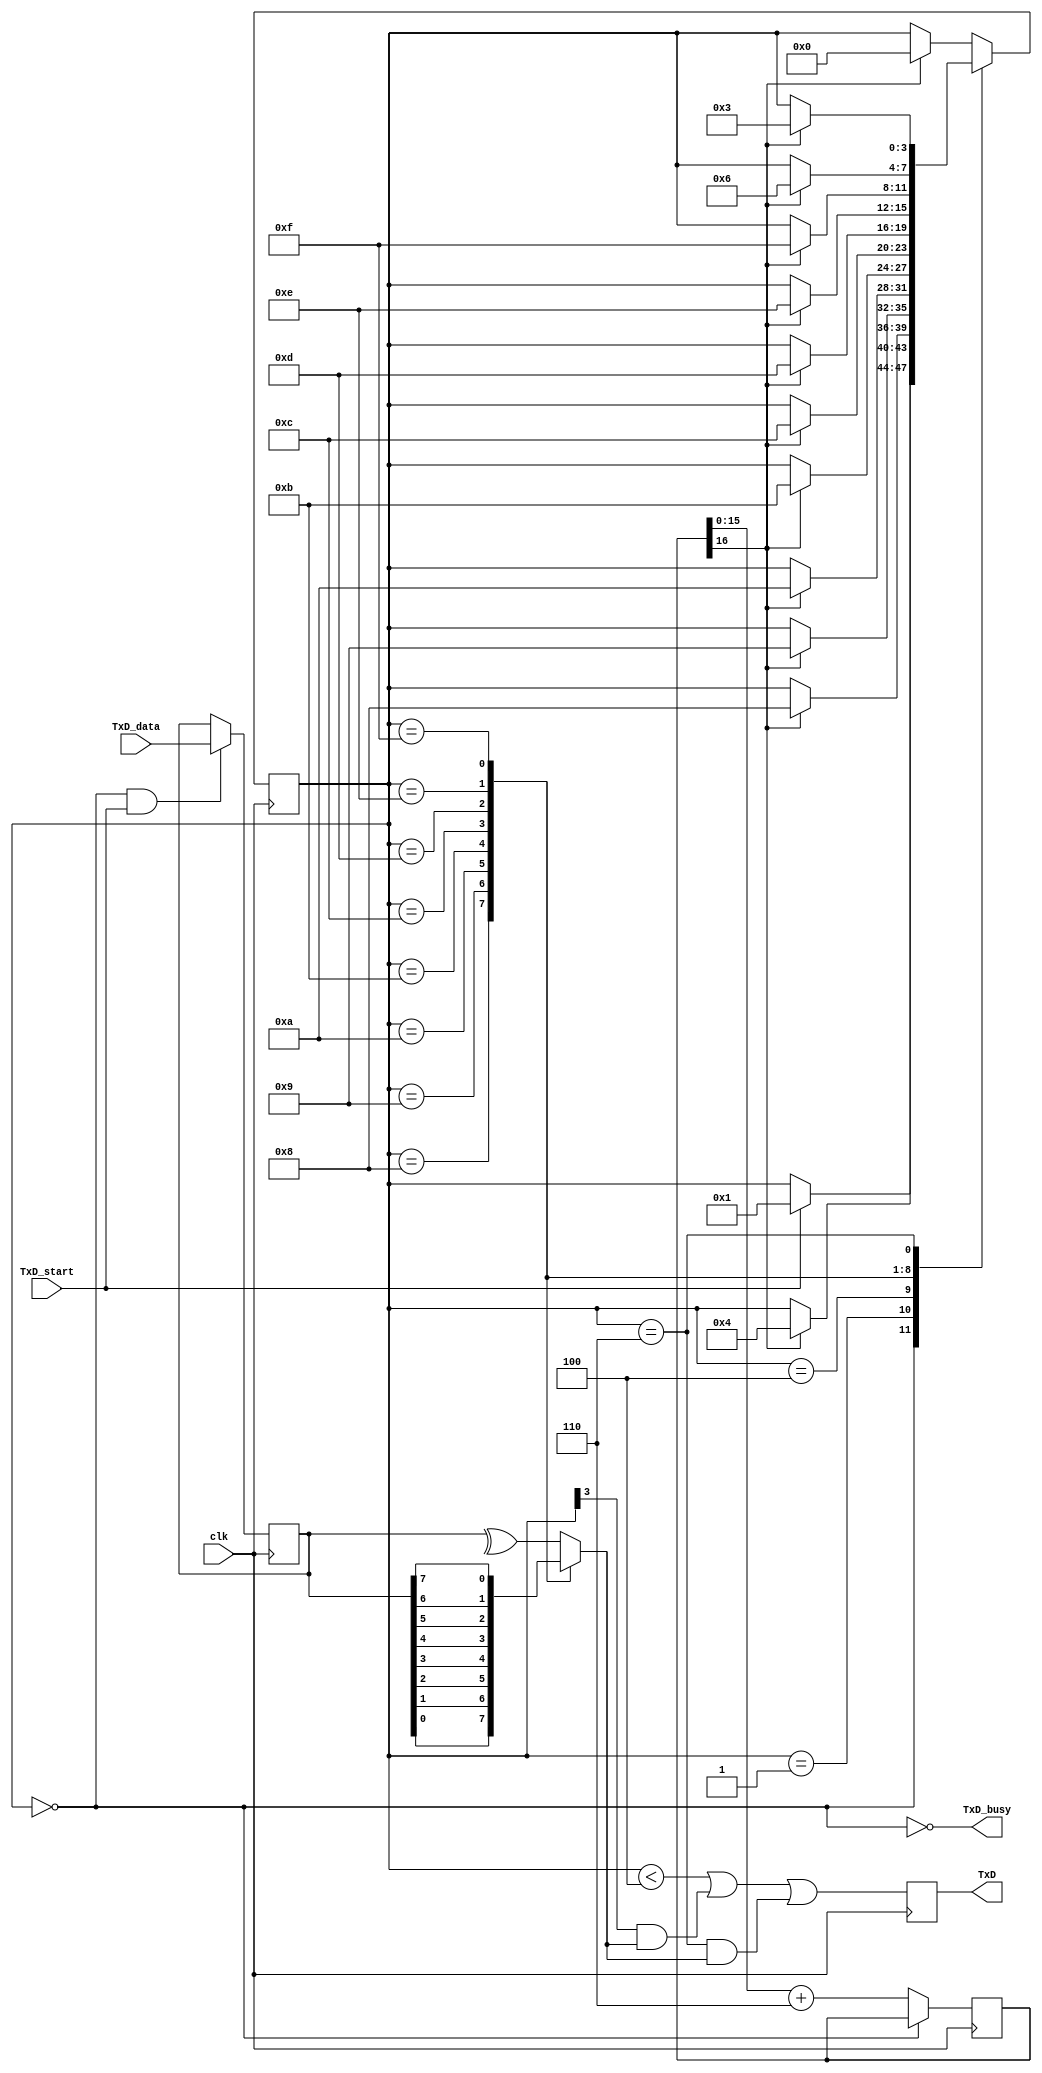
// RS-232 TX module
// (c) fpga4fun.com KNJN LLC - 2003, 2004, 2005, 2006

//`define DEBUG   // in DEBUG mode, we output one bit per clock cycle (useful for faster simulations)

module async_transmitter(clk, TxD_start, TxD_data, TxD, TxD_busy);
input clk, TxD_start;
input [7:0] TxD_data;
output TxD, TxD_busy;

parameter ClkFrequency = 50000000;	// 50MHz
parameter Baud = 4800;
parameter RegisterInputData = 1;	// in RegisterInputData mode, the input doesn't have to stay valid while the character is been transmitted

// Baud generator
parameter BaudGeneratorAccWidth = 16;
reg [BaudGeneratorAccWidth:0] BaudGeneratorAcc;
`ifdef DEBUG
wire [BaudGeneratorAccWidth:0] BaudGeneratorInc = 17'h10000;
`else
wire [BaudGeneratorAccWidth:0] BaudGeneratorInc = ((Baud<<(BaudGeneratorAccWidth-5))+(ClkFrequency>>6))/(ClkFrequency>>5);
`endif

wire BaudTick = BaudGeneratorAcc[BaudGeneratorAccWidth];
wire TxD_busy;
always @(posedge clk) if(TxD_busy) BaudGeneratorAcc <= BaudGeneratorAcc[BaudGeneratorAccWidth-1:0] + BaudGeneratorInc;

// Transmitter state machine
reg [3:0] state;
wire TxD_ready = (state==0);
assign TxD_busy = ~TxD_ready;

reg [7:0] TxD_dataReg;

always @(posedge clk) if(TxD_ready & TxD_start) TxD_dataReg <= TxD_data; 
wire [7:0] TxD_dataD = RegisterInputData ? TxD_dataReg : TxD_data;
wire parityodd = ^TxD_dataReg;//

always @(posedge clk)
case(state)
	4'b0000: if(TxD_start) state <= 4'b0001;
	4'b0001: if(BaudTick)  state <= 4'b0100;
	4'b0100: if(BaudTick)  state <= 4'b1000;  // start
	4'b1000: if(BaudTick)  state <= 4'b1001;  // bit 0
	4'b1001: if(BaudTick)  state <= 4'b1010;  // bit 1
	4'b1010: if(BaudTick)  state <= 4'b1011;  // bit 2
	4'b1011: if(BaudTick)  state <= 4'b1100;  // bit 3
	4'b1100: if(BaudTick)  state <= 4'b1101;  // bit 4
	4'b1101: if(BaudTick)  state <= 4'b1110;  // bit 5
	4'b1110: if(BaudTick)  state <= 4'b1111;  // bit 6
	4'b1111: if(BaudTick)  state <= 4'b0110;  // bit 7
	4'b0110: if(BaudTick)  state <= 4'b0011;  // parity odd
	4'b0011: if(BaudTick)  state <= 4'b0000;  // stop1
	default: if(BaudTick)  state <= 4'b0000;
endcase

// Output mux
reg muxbit;
always @( * )
case(state[3:0])
	4'b1000: muxbit <= TxD_dataD[0];   // bit 0
	4'b1001: muxbit <= TxD_dataD[1];   // bit 1
	4'b1010: muxbit <= TxD_dataD[2];   // bit 2
	4'b1011: muxbit <= TxD_dataD[3];   // bit 3
	4'b1100: muxbit <= TxD_dataD[4];   // bit 4
	4'b1101: muxbit <= TxD_dataD[5];   // bit 5
	4'b1110: muxbit <= TxD_dataD[6];   // bit 6
	4'b1111: muxbit <= TxD_dataD[7];   // bit 7
	4'b0110: muxbit <= parityodd  ;   // parity odd
	default: muxbit <= parityodd;
endcase

// Put together the start, data and stop bits
reg TxD;
always @(posedge clk) 

TxD <= (state<4) | (state[3] & muxbit ) | ((state==4'b0110)&muxbit);  // register the output to make it glitch free

endmodule